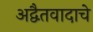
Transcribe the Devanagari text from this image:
अद्वैतवादाचे